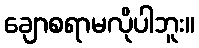
ချောစရာမလိုပါဘူး။